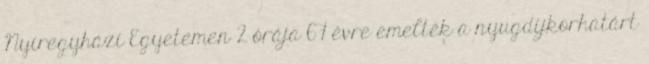
Nyíregyházi Egyetemen 2 órája 67 évre emelték a nyugdíjkorhatárt